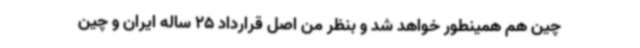
چین هم همینطور خواهد شد و بنظر من اصل قرارداد 25 ساله ایران و چین